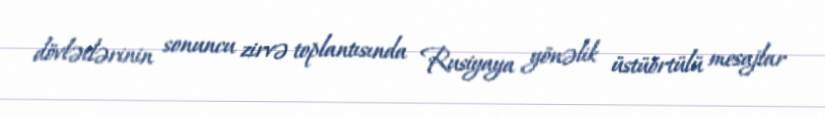
dövlətlərinin sonuncu zirvə toplantısında Rusiyaya yönəlik üstüörtülü mesajlar